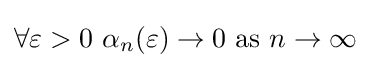
\forall \varepsilon >0\,\,\alpha _{n}(\varepsilon )\to 0{\text{ as }}n\to \infty